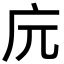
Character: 𢇟